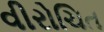
વીરોચિત